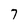
Character: 7